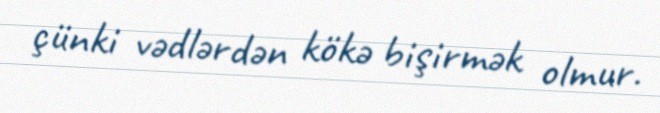
çünki vədlərdən kökə bişirmək olmur.